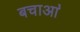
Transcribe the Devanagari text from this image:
बचाआ॓